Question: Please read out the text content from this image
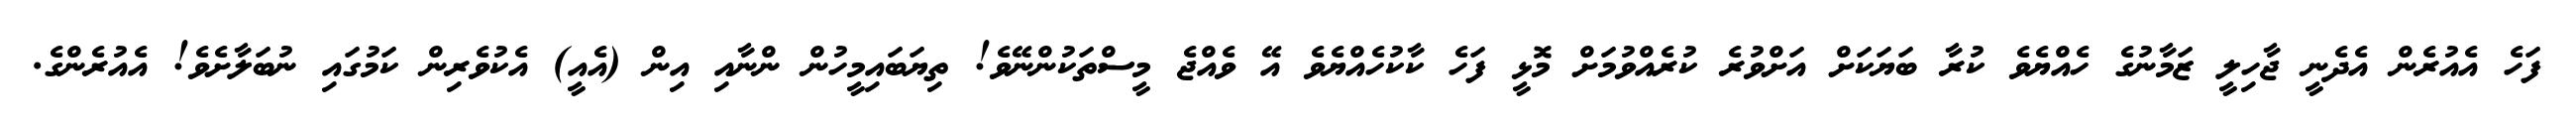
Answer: ފަހެ އެއުރެން އެދެނީ ޖާހިލީ ޒަމާނުގެ ހެއްޔެވެ ކުރާ ބަޔަކަށް އަށްވުރެ ކުރެއްވުމަށް މޮޅީ ފަހެ ކާކުހެއްޔެވެ އޭ ވެއްޖެ މީސްތަކުންނޭވެ! ތިޔަބައިމީހުން ންނާއި އިން (އެއީ) އެކުވެރިން ކަމުގައި ނުބަލާށެވެ! އެއުރެންގެ.